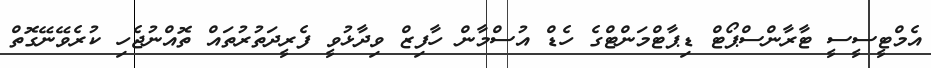
އެމްޓީސީސީ ޓާރާންސްޕޯޓް ޑިޕާޓްމަންޓްގެ ހެޑް އުސްމާން ހާފިޒް ވިދާޅުވީ ފެރީދަތުރުތައް ތޮއްނުޖެހި ކުރެވޭނޭގޮތް